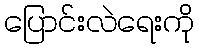
ပြောင်းလဲရေးကို